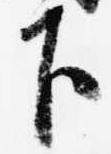
下